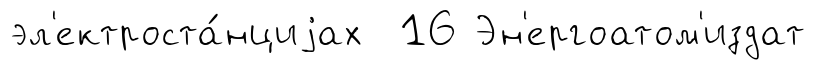
эл'ектроста́нциjах 16 Эн'ергоатом'издат